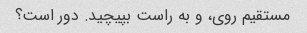
مستقیم روی، و به راست بپیچید. دور است؟